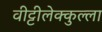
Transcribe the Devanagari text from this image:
वीट्टीलेक्कुल्ला